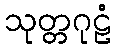
သုတ္တဂုဠံ